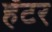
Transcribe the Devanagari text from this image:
हॅटर